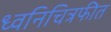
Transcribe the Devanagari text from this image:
ध्वनिचित्रफीत